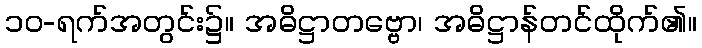
၁၀-ရက်အတွင်း၌။ အဓိဋ္ဌာတဗ္ဗော၊ အဓိဋ္ဌာန်တင်ထိုက်၏။